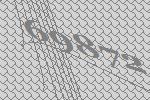
69872